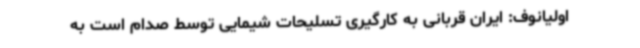
اولیانوف: ایران قربانی به کارگیری تسلیحات شیمایی توسط صدام است به